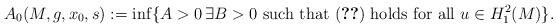
LaTeX: \begin{align*}A_0(M,g,x_0,s) := \inf\{A > 0\, \exists B>0\hbox{ such that }\eqref{eqt-0.1-Main-Th-Sharp-Cst-H-S-ineq} \hbox{ holds for all }u\in H_1^2(M)\}.\end{align*}